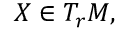
X \in T _ { r } M ,